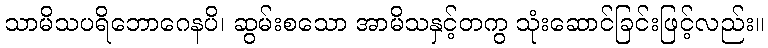
သာမိသပရိဘောဂေနပိ၊ ဆွမ်းစသော အာမိသနှင့်တကွ သုံးဆောင်ခြင်းဖြင့်လည်း။